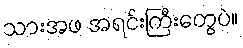
သားအဖ အရင်းကြီးတွေပဲ။